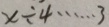
x \div 4 \cdots 3